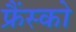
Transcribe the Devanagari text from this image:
फ्रैंस्को